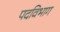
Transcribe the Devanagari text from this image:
पदविभाग